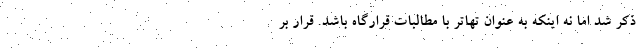
ذکر شد اما نه اینکه به عنوان تهاتر با مطالبات قرارگاه باشد. قرار بر